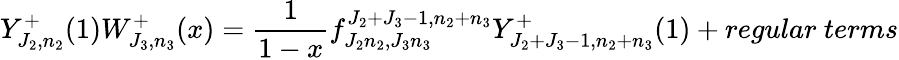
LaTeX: Y_{J_{2},n_{2}}^{+}(1)W_{J_{3},n_{3}}^{+}(x)=\frac{1}{1-x}f_{J_{2}n_{2},J_{3}n_{3}}^{J_{2}+J_{3}-1,n_{2}+n_{3}}Y_{J_{2}+J_{3}-1,n_{2}+n_{3}}^{+}(1)+regular~terms